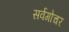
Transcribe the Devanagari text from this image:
सर्वगोचर